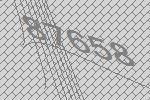
87658